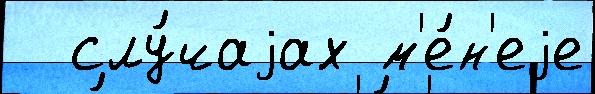
  слу́чаjах м'е́н'еjе